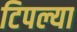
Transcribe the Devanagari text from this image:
टिपल्या